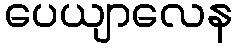
ပေယျာလေန